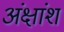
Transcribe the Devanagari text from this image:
अंक्षांश